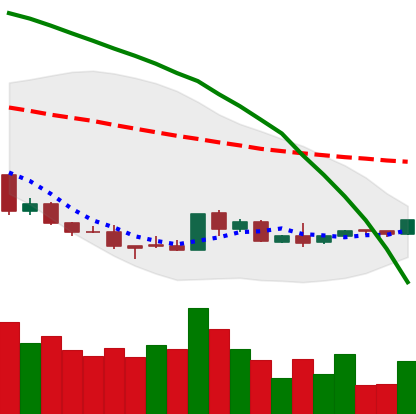
Ticker: EOS-USD
Chart end date: 2018-08-27
Forward return: 24.025%
Label: up_7plus